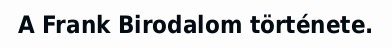
A Frank Birodalom története.